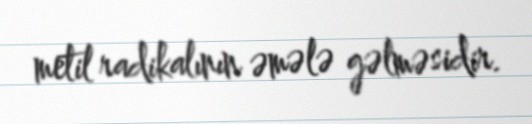
metil radikalının əmələ gəlməsidir.